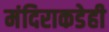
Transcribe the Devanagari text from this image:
मंदिराकडेही